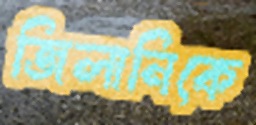
জিলানিকে